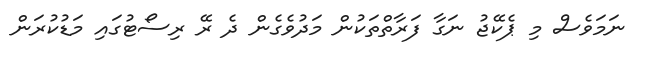
ނަމަވެސް މި ޕެކޭޖު ނަގާ ފަރާތްތަކުން މަދުވެގެން ދެ ރޭ ރިސޯޓުގައި މަޑުކުރަން